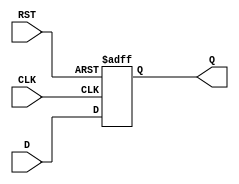
module DataRegister (
    input wire D,        // Data Input
    input wire CLK,      // Clock Input
    input wire RST,      // Reset Input
    output reg Q         // Data Output
);

// Always block triggered on the rising edge of the clock or the asynchronous reset
always @(posedge CLK or posedge RST) begin
    if (RST) begin
        Q <= 1'b0;      // Set output to 0 on reset
    end else begin
        Q <= D;         // Capture input data on clock edge
    end
end

endmodule